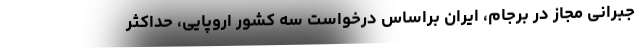
جبرانی مجاز در برجام، ایران براساس درخواست سه کشور اروپایی، حداکثر